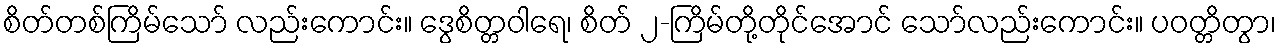
စိတ်တစ်ကြိမ်သော် လည်းကောင်း။ ဒွေစိတ္တဝါရေ၊ စိတ် ၂-ကြိမ်တို့တိုင်အောင် သော်လည်းကောင်း။ ပဝတ္တိတွာ၊